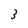
Character: 3